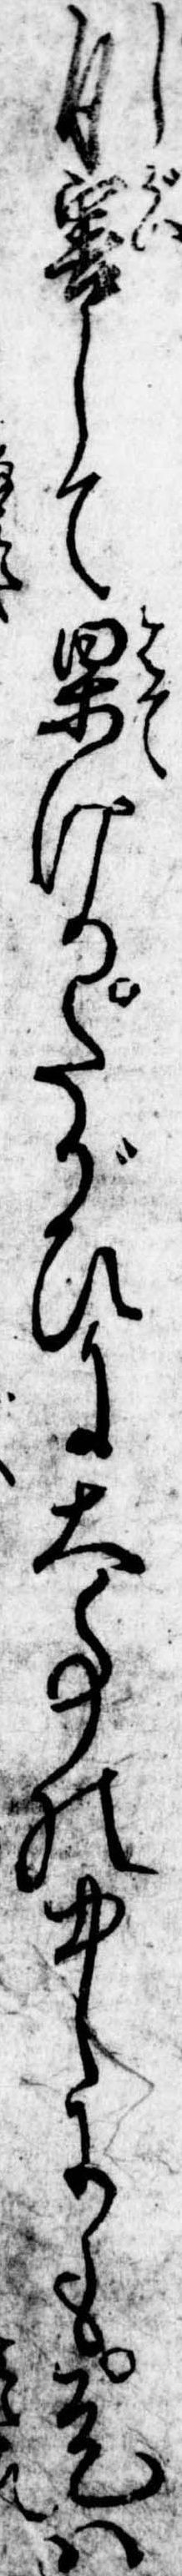
自害して果けるたがひに大事の中にも是は